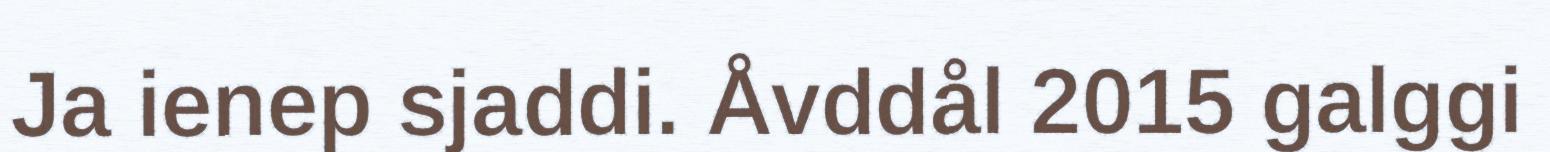
Ja ienep sjaddi. Åvddål 2015 galggi